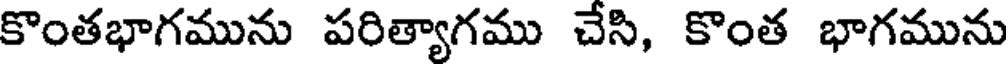
కొంతభాగమును పరిత్యాగము చేసి, కొంత భాగమును